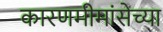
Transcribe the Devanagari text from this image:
कारणमीमांसेच्या